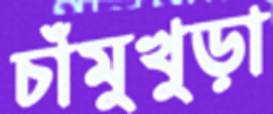
চাঁমুখুড়া